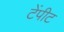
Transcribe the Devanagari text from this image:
टेंपीट